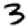
Digit: 3